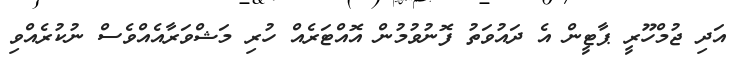
އަދި ޖުމްހޫރީ ޕާޓީން އެ ދައުވަތު ފޮނުވުމުން އޮއްޓަރެއް ހުރި މަޝްވަރާއެއްވެސް ނުކުރެއްވި